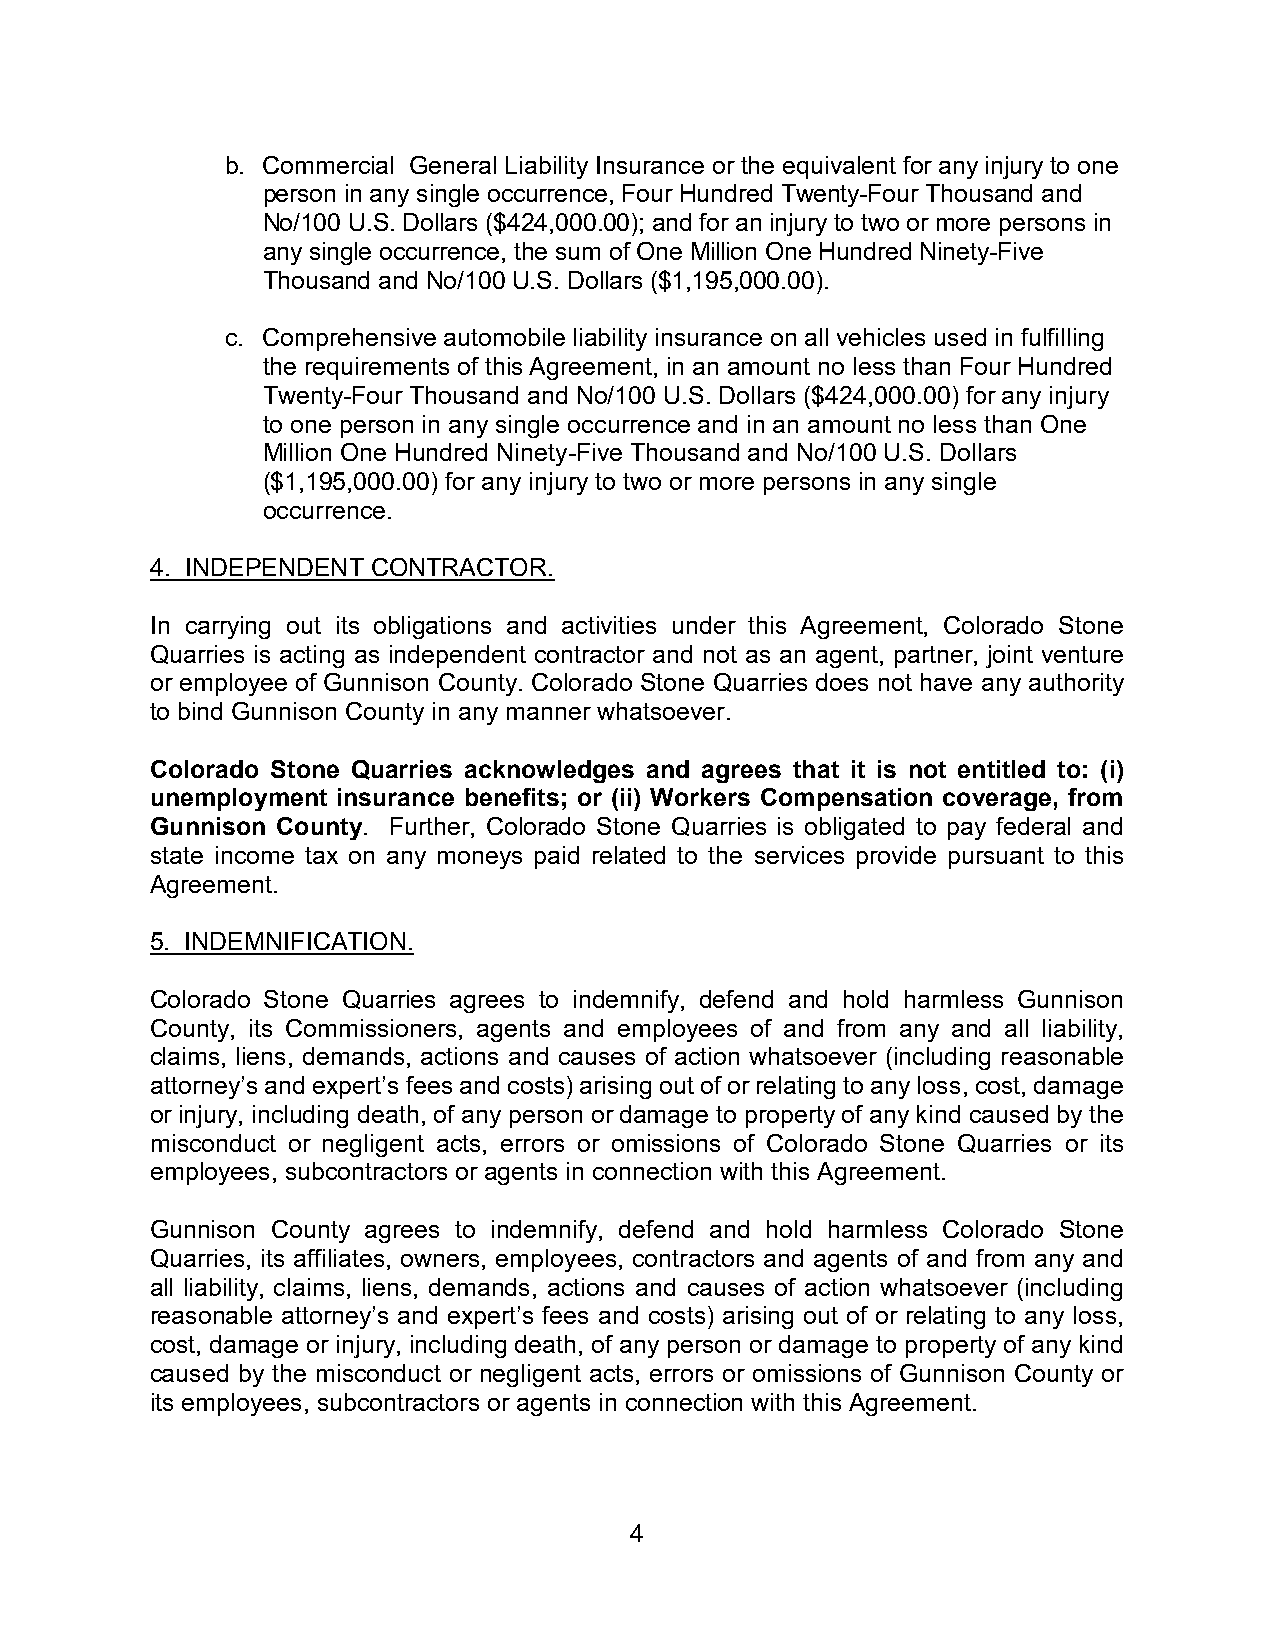
b. Commercial General Liability Insurance or the equivalent for any injury to one
 person in any single occurrence, Four Hundred Twenty-Four Thousand and
 No/100 U.S. Dollars ($424,000.00); and for an injury to two or more persons in
 any single occurrence, the sum of One Million One Hundred Ninety-Five
 Thousand and No/100 U.S. Dollars ($1,195,000.00).
 c. Comprehensive automobile liability insurance on all vehicles used in fulfilling
 the requirements of this Agreement, in an amount no less than Four Hundred
 Twenty-Four Thousand and No/100 U.S. Dollars ($424,000.00) for any injury
 to one person in any single occurrence and in an amount no less than One
 Million One Hundred Ninety-Five Thousand and No/100 U.S. Dollars
 ($1,195,000.00) for any injury to two or more persons in any single
 occurrence.
 4. INDEPENDENT CONTRACTOR.
 In carrying out its obligations and activities under this Agreement, Colorado Stone
 Quarries is acting as independent contractor and not as an agent, partner, joint venture
 or employee of Gunnison County. Colorado Stone Quarries does not have any authority
 to bind Gunnison County in any manner whatsoever.
 Colorado Stone Quarries acknowledges and agrees that it is not entitled to: (i)
 unemployment insurance benefits; or (ii) Workers Compensation coverage, from
 Gunnison County. Further, Colorado Stone Quarries is obligated to pay federal and
 state income tax on any moneys paid related to the services provide pursuant to this
 Agreement.
 5. INDEMNIFICATION.
 Colorado Stone Quarries agrees to indemnify, defend and hold harmless Gunnison
 County, its Commissioners, agents and employees of and from any and all liability,
 claims, liens, demands, actions and causes of action whatsoever (including reasonable
 attorney’s and expert’s fees and costs) arising out of or relating to any loss, cost, damage
 or injury, including death, of any person or damage to property of any kind caused by the
 misconduct or negligent acts, errors or omissions of Colorado Stone Quarries or its
 employees, subcontractors or agents in connection with this Agreement.
 Gunnison County agrees to indemnify, defend and hold harmless Colorado Stone
 Quarries, its affiliates, owners, employees, contractors and agents of and from any and
 all liability, claims, liens, demands, actions and causes of action whatsoever (including
 reasonable attorney’s and expert’s fees and costs) arising out of or relating to any loss,
 cost, damage or injury, including death, of any person or damage to property of any kind
 caused by the misconduct or negligent acts, errors or omissions of Gunnison County or
 its employees, subcontractors or agents in connection with this Agreement.
 4